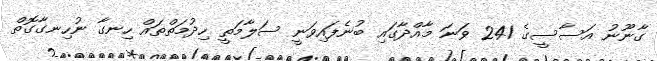
ގާނޫނު އަސާސީގެ 241 ވަނަ މާއްދާގައި ބުނެފައިވަނީ ސަލާމަތީ ހިދުމަތްތައް ހިނގާ ނުހިނގާގޮތް